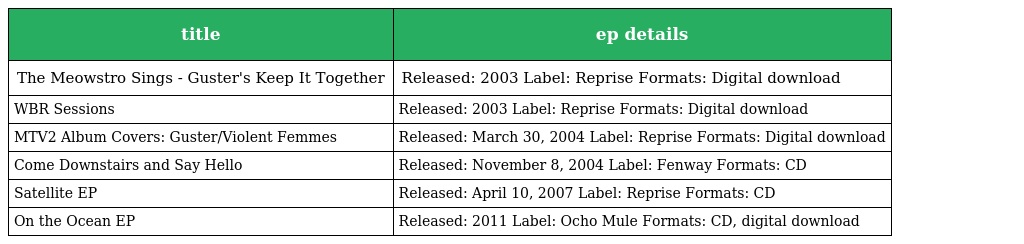
| title | ep details |
 | --- | --- |
 | The Meowstro Sings - Guster's Keep It Together | Released: 2003 Label: Reprise Formats: Digital download |
 | WBR Sessions | Released: 2003 Label: Reprise Formats: Digital download |
 | MTV2 Album Covers: Guster/Violent Femmes | Released: March 30, 2004 Label: Reprise Formats: Digital download |
 | Come Downstairs and Say Hello | Released: November 8, 2004 Label: Fenway Formats: CD |
 | Satellite EP | Released: April 10, 2007 Label: Reprise Formats: CD |
 | On the Ocean EP | Released: 2011 Label: Ocho Mule Formats: CD, digital download |